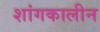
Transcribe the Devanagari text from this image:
शांगकालीन